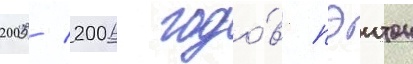
2005/ 2006 годо́в пэитон